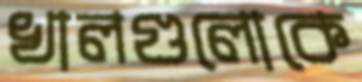
খালগুলোকে